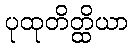
ပုထုတိတ္ထိယာ